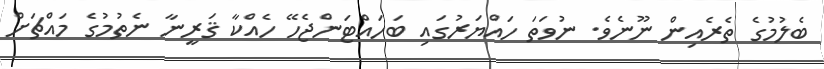
ބެލުމުގެ ތެރެއިން ނޫނެވެ. ނުވަތަ ހައްޔަރުގައި ބަހައްޓަންޖެހޭ ހެއްކާ ޤަރީނާ ނެތުމުގެ މައްޗަށް